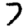
Digit: 7